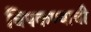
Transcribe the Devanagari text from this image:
चिपकण्याची